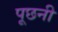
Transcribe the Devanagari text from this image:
पूछनी